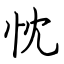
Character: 忱